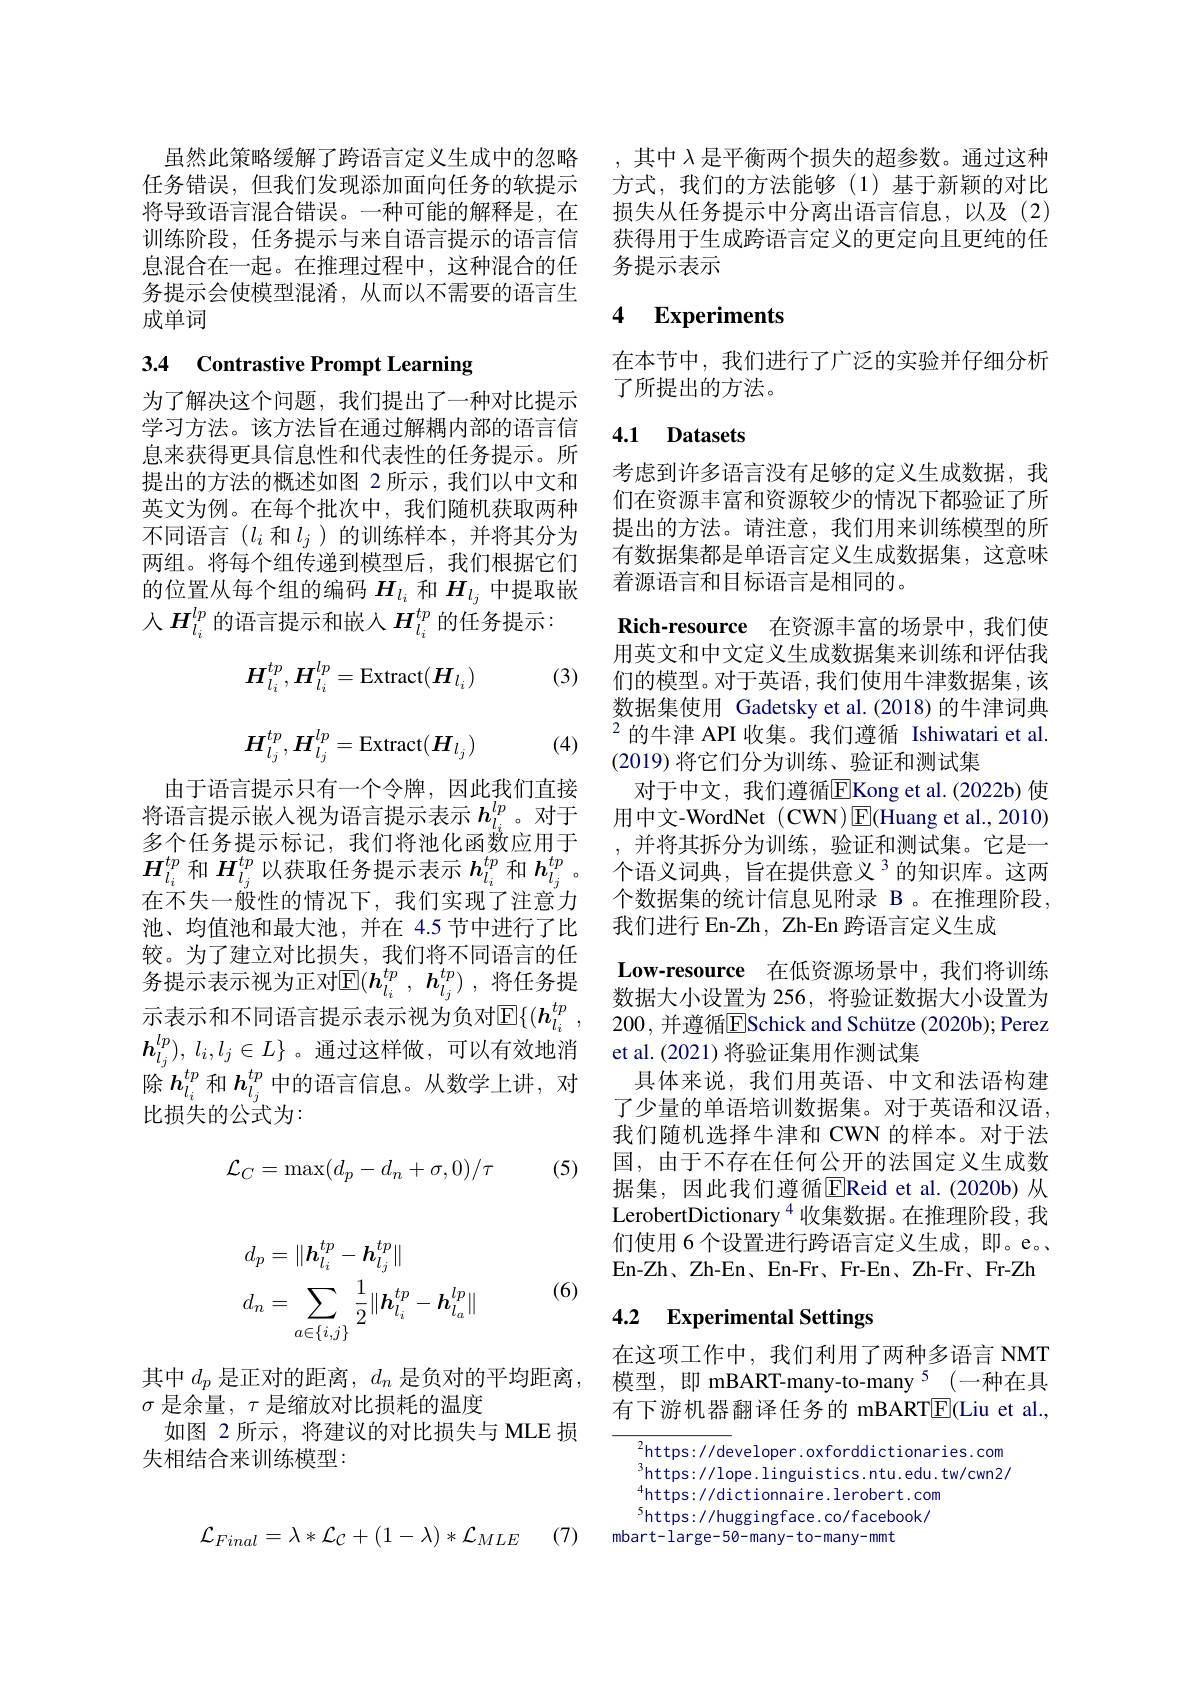
任务错误，但我们发现添加面向任务的软提示将导致语言混合错误。一种可能的解释是，在训练阶段，任务提示与来自语言提示的语言信息混合在一起。在推理过程中，这种混合的任务提示会使模型混淆，从而以不需要的语言生成单词

# 3.4 Contrastive Prompt Learning

为了解决这个问题，我们提出了一种对比提示学习方法。该方法旨在通过解耦内部的语言信息来获得更具信息性和代表性的任务提示。所提出的方法的概述如图 2 所示，我们以中文和英文为例。在每个批次中，我们随机获取两种不同语言($l_i$ 和$l_j$)的训练样本，并将其分为两组。将每个组传递到模型后，我们根据它们的位置从每个组的编码$H_{l_i}$和$H_{l_j}$中提取嵌入$H_{l_i}^{lp}$的语言提示和嵌入$H_l_i^{tp}$的任务提示：
$$H_{l_{i}}^{tp},H_{l_{i}}^{lp}=\mathrm{Extract}(H_{l_{i}})\\H_{l_{j}}^{tp},H_{l_{j}}^{lp}=\mathrm{Extract}(H_{l_{j}})$$
(3)

(4)

由于语言提示只有一个令牌，因此我们直接将语言提示嵌人视为语言提示表示$h_{l_i}^{lp}$。对于多个任务提示标记，我们将池化函数应用于$\boldsymbol{H}_{l_i}^{tp}$和$\boldsymbol{H}_{l_j}^{tp}$以获取任务提示表示$\boldsymbol{h}_l_i^{tp}$和$\boldsymbol{h}_l_j^{tp}$ 。在不失一般性的情况下，我们实现了注意力池、均值池和最大池，并在 4.5 节中进行了比较。为了建立对比损失，我们将不同语言的任务提示表示视为正对$\mathbb{E}(\boldsymbol{h}_l_i^{tp}\:,\:\boldsymbol{h}_{l_j}^{tp})\:$,将任务提示表示和不同语言提示表示视为负对$\mathbb{E}\{(\boldsymbol{h}_{l_i}^{tp}$ $\boldsymbol{h}_{l_j}^{lp}) $, $l_i, l_j\in L\}$。通过这样做，可以有效地消除$h_{l_i}^{tp}$和$h_{l_j}^{tp}$中的语言信息。从数学上讲，对比损失的公式为：

(5)
$$\mathcal{L}_C=\max(d_p-d_n+\sigma,0)/\tau $$
虽然此策略缓解了跨语言定义生成中的忽略 ,其中$\lambda$是平衡两个损失的超参数。通过这种
方式，我们的方法能够(1)基于新颖的对比损失从任务提示中分离出语言信息，以及(2) 获得用于生成跨语言定义的更定向且更纯的任务提示表示

## 4 $\textbf{Experiments}$

在本节中，我们进行了广泛的实验并仔细分析
了所提出的方法。

## 4.1 Datasets

考虑到许多语言没有足够的定义生成数据，我们在资源丰富和资源较少的情况下都验证了所提出的方法。请注意，我们用来训练模型的所有数据集都是单语言定义生成数据集，这意味着源语言和目标语言是相同的。

Rich-resource 在资源丰富的场景中，我们使

用英文和中文定义生成数据集来训练和评估我们的模型。对于英语，我们使用牛津数据集，该数据集使用 Gadetsky et al.(2018)的牛津词典$^{2}$的牛津 API 收集。我们遵循 Ishiwatari et al. (2019)将它们分为训练、验证和测试集
对于中文，我们遵循$\overline{\mathrm{E}}$Kong et al.(2022b)使用中文-WordNet (CWN)$\boxed{\mathrm{E}}($Huang et al.,2010) 并将其拆分为训练，验证和测试集。它是一个语义词典，旨在提供意义$^3$的知识库。这两个数据集的统计信息见附录 B 。在推理阶段， 我们进行 En-Zh, Zh-En 跨语言定义生成
$\textbf{Low- resource}$ 在低资源场景中，我们将训练数据大小设置为 256, 将验证数据大小设置为200, 并遵循ESchick and Schütze (2020b); Perez et al.(2021) 将验证集用作测试集
具体来说，我们用英语、中文和法语构建了少量的单语培训数据集。对于英语和汉语， 我们随机选择牛津和 CWN 的样本。对于法国，由于不存在任何公开的法国定义生成数据集，因此我们遵循EReid et al.(2020b)从LerobertDictionary$^{4}$收集数据。在推理阶段，我们使用 6 个设置进行跨语言定义生成，即。e。、 En-Zh、Zh-En、En-Fr、Fr-En、Zh-Fr、Fr-Zh 4.2 Experimental Settings

在这项工作中，我们利用了两种多语言 NMT 模型，即 mBART-many-to-many $^5$ (一种在具有下游机器翻译任务的 mBART$\boxed{\mathrm{E}}($Liu et al.,

$^{2}$https://developer.oxforddictionaries.com $^{3}$https://lope.linguistics.ntu.edu.tw/cwn2/ $^{4}$https://dictionnaire.lerobert.com $^{5}$https://huggingface.co/facebook/
mbart-large-50-many-to-many-mmt

(6)
$$\begin{aligned}&d_{p}=\|\boldsymbol{h}_{l_{i}}^{tp}-\boldsymbol{h}_{l_{j}}^{tp}\|\\&d_{n}=\sum_{a\in\{i,j\}}\frac{1}{2}\|\boldsymbol{h}_{l_{i}}^{tp}-\boldsymbol{h}_{l_{a}}^{lp}\|\end{aligned}$$
其中$d_p$是正对的距离，$d_n$是负对的平均距离，
$\sigma$是余量，$\tau$是缩放对比损耗的温度
如图 2 所示，将建议的对比损失与 MLE 损
失相结合来训练模型：

(7)
$$\mathcal{L}_{Final}=\lambda*\mathcal{L}_{\mathcal{C}}+(1-\lambda)*\mathcal{L}_{MLE}$$